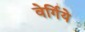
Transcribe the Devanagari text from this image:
वेर्गिये